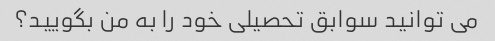
می توانید سوابق تحصیلی خود را به من بگویید؟